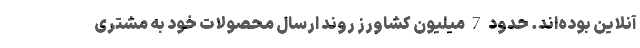
آنلاین بوده‌اند. حدود 7 میلیون کشاورز روند ارسال محصولات خود به مشتری